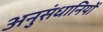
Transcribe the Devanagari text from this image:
अनुसंधानियों